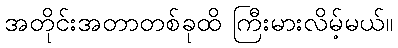
အတိုင်းအတာတစ်ခုထိ ကြီးမားလိမ့်မယ်။